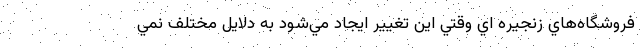
فروشگاه‌هاي زنجيره اي وقتي اين تغيير ايجاد مي‌شود به دلایل مختلف نمي